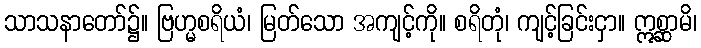
သာသနာတော်၌။ ဗြဟ္မစရိယံ၊ မြတ်သော အကျင့်ကို။ စရိတုံ၊ ကျင့်ခြင်းငှာ။ ဣစ္ဆာမိ၊